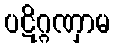
ပဋိဂ္ဂဏှာမ